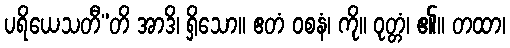
ပရိယေသတီ”တိ အာဒိ၊ ရှိသော။ ဧတံ ဝစနံ၊ ကို။ ဝုတ္တံ၊ ၏။ တထာ၊